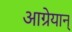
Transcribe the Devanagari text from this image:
आग्रेयान्